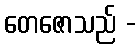
တေဇောသည် -